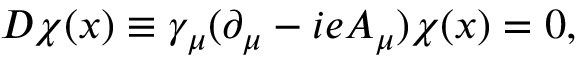
D \chi ( x ) \equiv \gamma _ { \mu } ( \partial _ { \mu } - i e A _ { \mu } ) \chi ( x ) = 0 ,